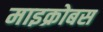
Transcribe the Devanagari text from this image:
माइक्रोबस